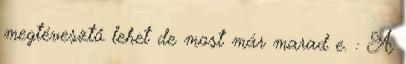
megtévesztő lehet de most már marad e. : A